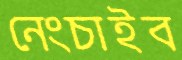
নেংচাইব